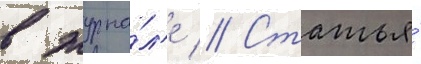
в журна́л'е // Статья́